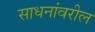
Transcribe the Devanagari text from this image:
साधनांवरील